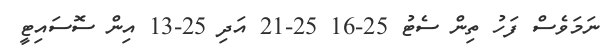
ނަމަވެސް ފަހު ތިން ސެޓު 25-16 25-21 އަދި 25-13 އިން ސޮސައިޓީ